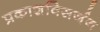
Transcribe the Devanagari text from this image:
प्रकाशविसर्जन